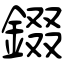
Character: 錣